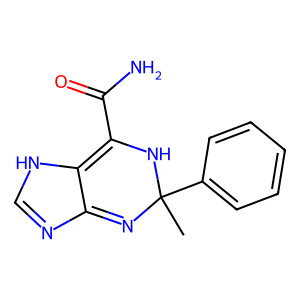
SMILES: CC1(c2ccccc2)N=c2nc[nH]c2=C(C(N)=O)N1
Inhibits HIV replication: No